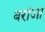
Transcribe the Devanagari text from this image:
बरांजा